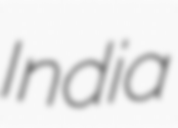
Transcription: India